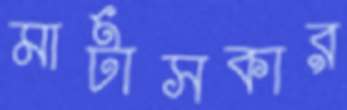
মার্টাসকার